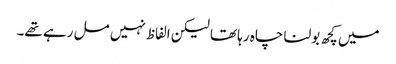
میں کچھ بولنا چاہ رہا تھا لیکن الفاظ نہیں مل رہے تھے۔